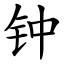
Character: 钟